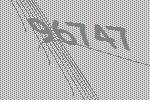
96747